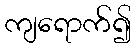
ကျရောက်၍